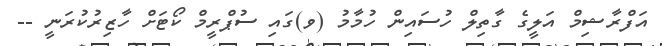
އަފްރާޝިމް އަލީގެ ގާތިލް ހުސައިން ހުމާމު (ވ)ގައި ސުޕްރީމް ކޯޓަށް ހާޒިރުކުރަނީ --